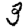
Digit: 3